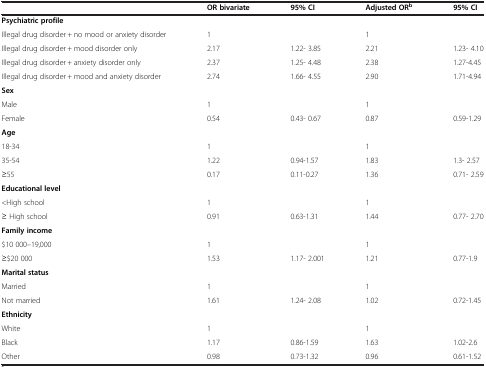
|  | OR bivariate | 95% CI | Adjusted ORb | 95% CI |
 | --- | --- | --- | --- | --- |
 | Psychiatric profile |  |  |  |  |
 | Illegal drug disorder + no mood or anxiety disorder | 1 |  | 1 |  |
 | Illegal drug disorder + mood disorder only | 2.17 | 1.22- 3.85 | 2.21 | 1.23- 4.10 |
 | Illegal drug disorder + anxiety disorder only | 2.37 | 1.25- 4.48 | 2.38 | 1.27-4.45 |
 | Illegal drug disorder + mood and anxiety disorder | 2.74 | 1.66- 4.55 | 2.90 | 1.71-4.94 |
 | Sex |  |  |  |  |
 | Male | 1 |  | 1 |  |
 | Female | 0.54 | 0.43- 0.67 | 0.87 | 0.59-1.29 |
 | Age |  |  |  |  |
 | 18-34 | 1 |  | 1 |  |
 | 35-54 | 1.22 | 0.94-1.57 | 1.83 | 1.3- 2.57 |
 | ≥55 | 0.17 | 0.11-0.27 | 1.36 | 0.71- 2.59 |
 | Educational level |  |  |  |  |
 | <High school | 1 |  | 1 |  |
 | ≥ High school | 0.91 | 0.63-1.31 | 1.44 | 0.77- 2.70 |
 | Family income |  |  |  |  |
 | $10 000–19,000 | 1 |  | 1 |  |
 | ≥$20 000 | 1.53 | 1.17- 2.001 | 1.21 | 0.77-1.9 |
 | Marital status |  |  |  |  |
 | Married | 1 |  | 1 |  |
 | Not married | 1.61 | 1.24- 2.08 | 1.02 | 0.72-1.45 |
 | Ethnicity |  |  |  |  |
 | White | 1 |  | 1 |  |
 | Black | 1.17 | 0.86-1.59 | 1.63 | 1.02-2.6 |
 | Other | 0.98 | 0.73-1.32 | 0.96 | 0.61-1.52 |